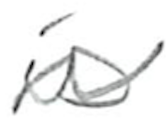
Text: is
Cross-out: wave
Writing tool: pencil